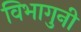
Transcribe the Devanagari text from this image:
विभागुनी